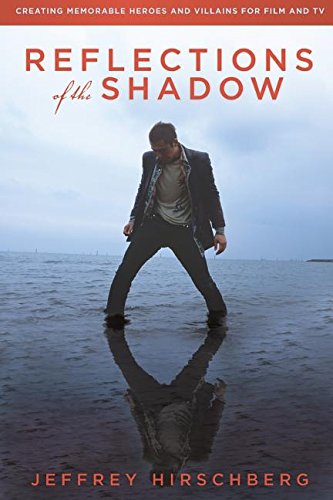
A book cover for Reflections of the Shadow: Creating Memorable Heroes and Villains For Film and TV; JEFFREY HIRSCHBERG; Humor & Entertainment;